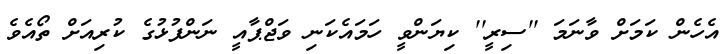
އެހެން ކަމަށް ވާނަމަ ''ސިރީ'' ކިޔަންވީ ހަމައެކަނި ވަޖްޕާއީ ނަންފުޅުގެ ކުރިއަށް ތޯއެވެ